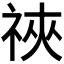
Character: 𫀋